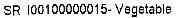
SR 100100000015- VEGETABLE